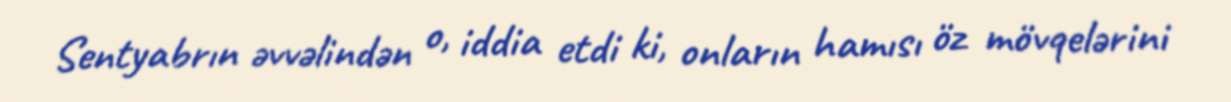
Sentyabrın əvvəlindən o, iddia etdi ki, onların hamısı öz mövqelərini